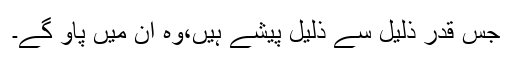
جس قدر ذلیل سے ذلیل پیشے ہیں،وہ ان میں پاؤ گے۔